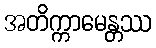
အတိက္ကာမေန္တဿ